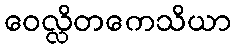
ဝေလ္လိတကေသိယာ